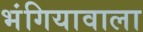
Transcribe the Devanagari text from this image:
भंगियावाला